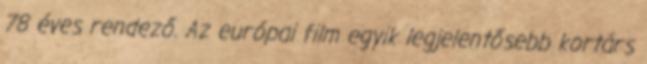
78 éves rendező. Az európai film egyik legjelentősebb kortárs